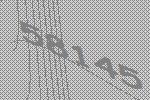
58145